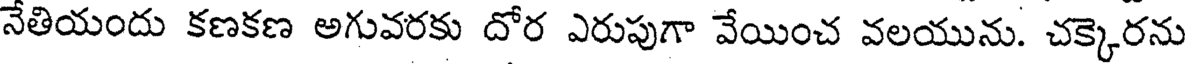
నేతియందు కణకణ అగువరకు దోర ఎరుపుగా వేయించ వలయును. చక్కెరను